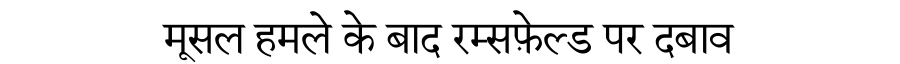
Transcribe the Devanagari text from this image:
मूसल हमले के बाद रम्सफ़ेल्ड पर दबाव